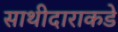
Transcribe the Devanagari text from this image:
साथीदाराकडे